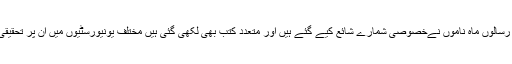
ان کے حالات وخدمات پر متعدد رسالوں ماہ ناموں نےخصوصی شمارے شائع کیے گئے ہیں اور متعدد کتب بھی لکھی گئی ہیں مختلف یونیورسٹیوں میں ان پر تحقیقی مقالہ جات بھی لکھے گئے ہیں۔